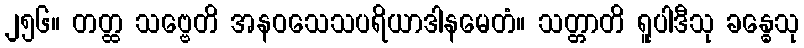
၂၅၆။ တတ္ထ သဗ္ဗေတိ အနဝသေသပရိယာဒါနမေတံ။ သတ္တာတိ ရူပါဒီသု ခန္ဓေသု